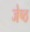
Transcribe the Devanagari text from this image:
जेष्‍ठ